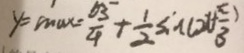
y = \max = \frac { 6 3 } { 4 } + \frac { 1 } { 2 } \sin ( 2 x + \frac { \pi } { 3 } )